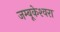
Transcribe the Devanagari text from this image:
जम्बूकेश्‍वरा